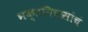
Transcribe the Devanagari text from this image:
भक्तनिवासांचं